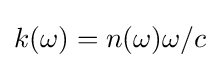
k(\omega )=n(\omega )\omega /c